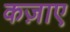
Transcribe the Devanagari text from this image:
कज़ाए